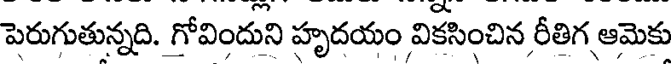
పెరుగుతున్నది. గోవిందుని హృదయం వికసించిన రీతిగ ఆమెకు